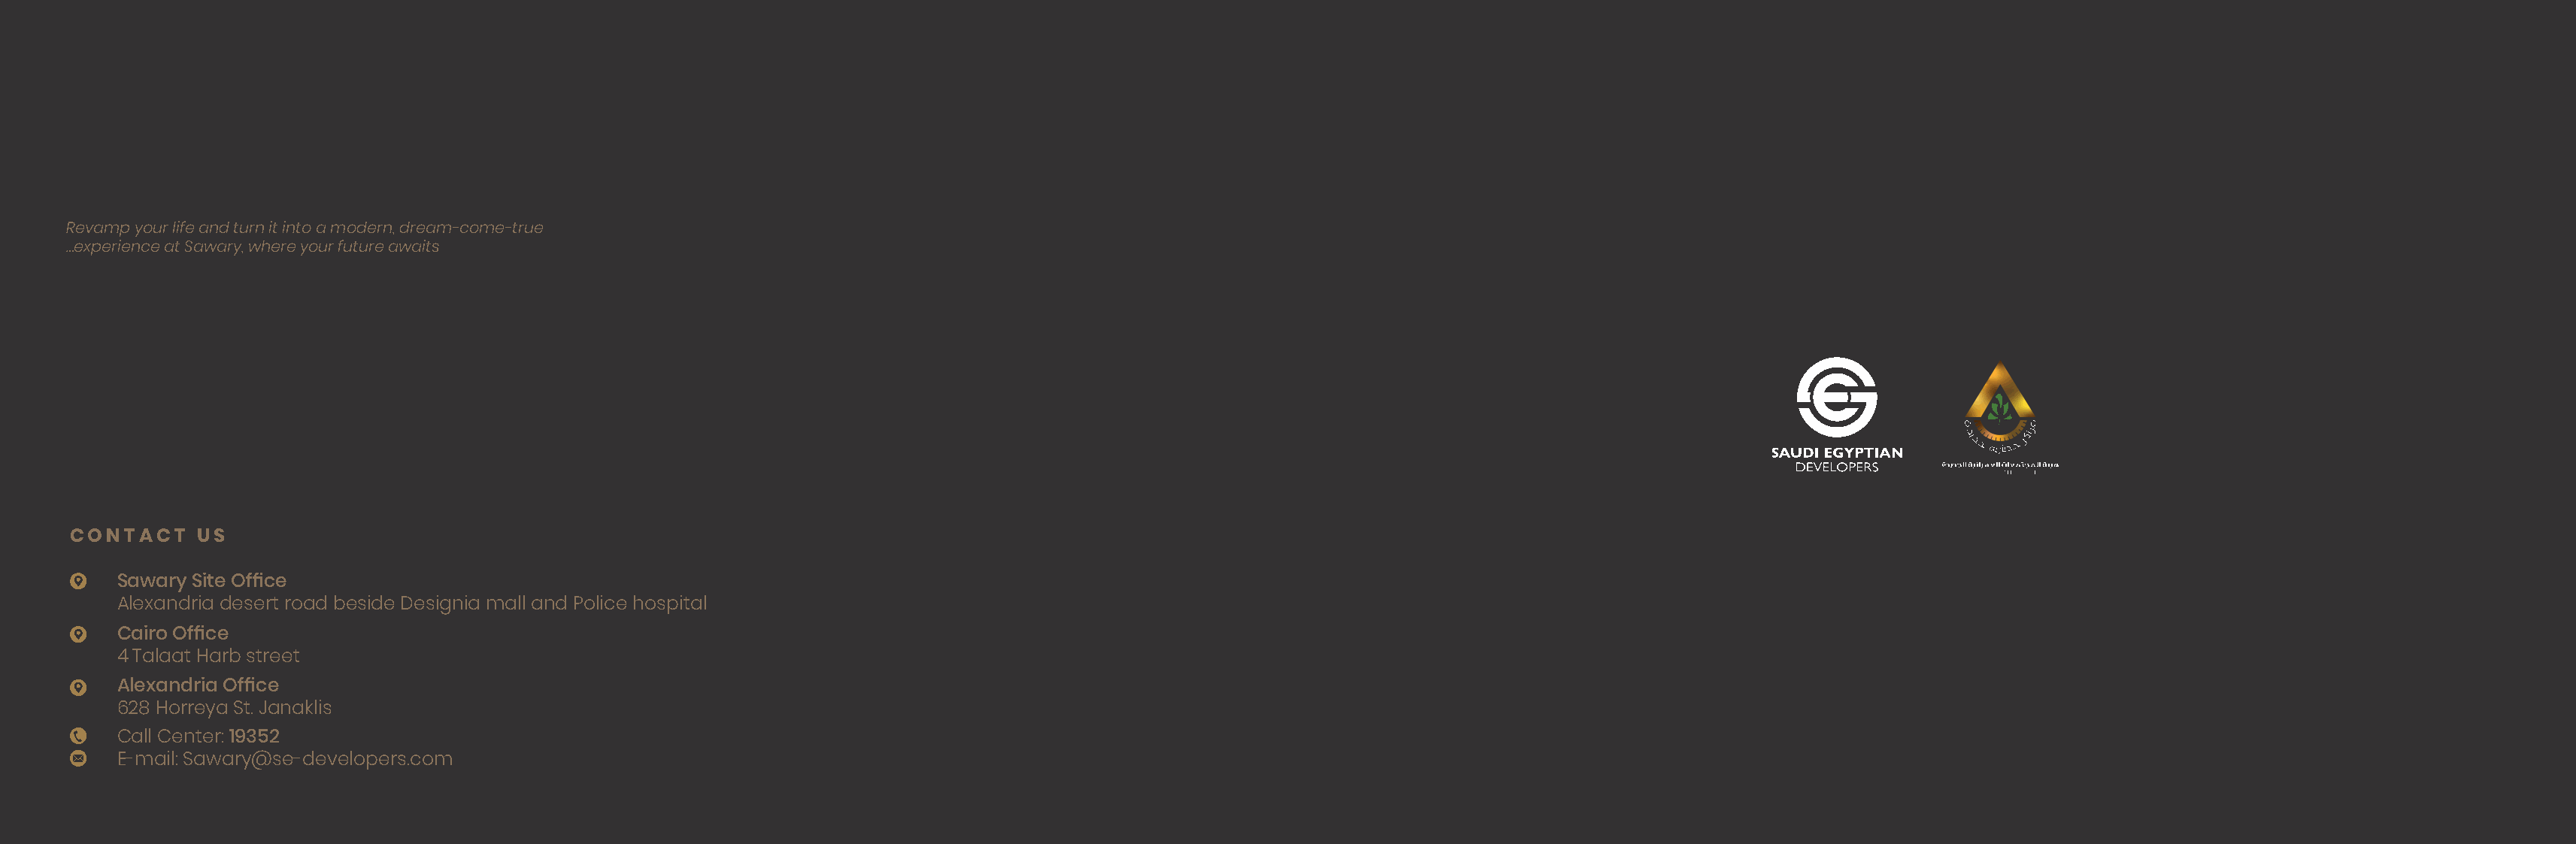
Revamp your life and turn it into a modern, dream-come-true
 …experience at Sawary, where your future awaits
 CONTACT    US
 Sawary Site Office
 Alexandria desert road beside Designia mall and Police hospital
 Cairo Office
 4 Talaat Harb street
 Alexandria Office
 628 Horreya St. Janaklis
 Call Center: 19352
 E-mail: Sawary@se-developers.com